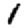
Digit: 1